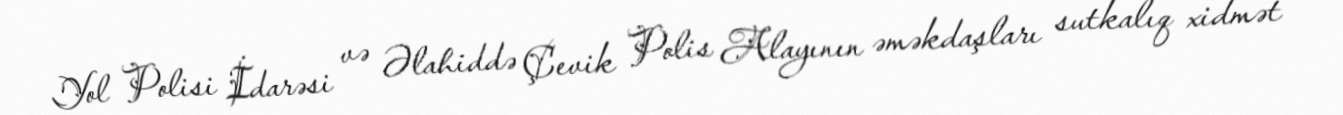
Yol Polisi İdarəsi və Əlahiddə Çevik Polis Alayının əməkdaşları sutkalıq xidmət